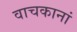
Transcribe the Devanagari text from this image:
वाचकानां